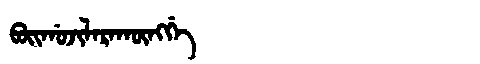
Manchu: ᠪᠣᡳᡤᠣᠵᡳᠯᠠᡵᠠᡴᡡᠩᡤᡝ
Romanization: BOIGOJILARAKŪNGGE